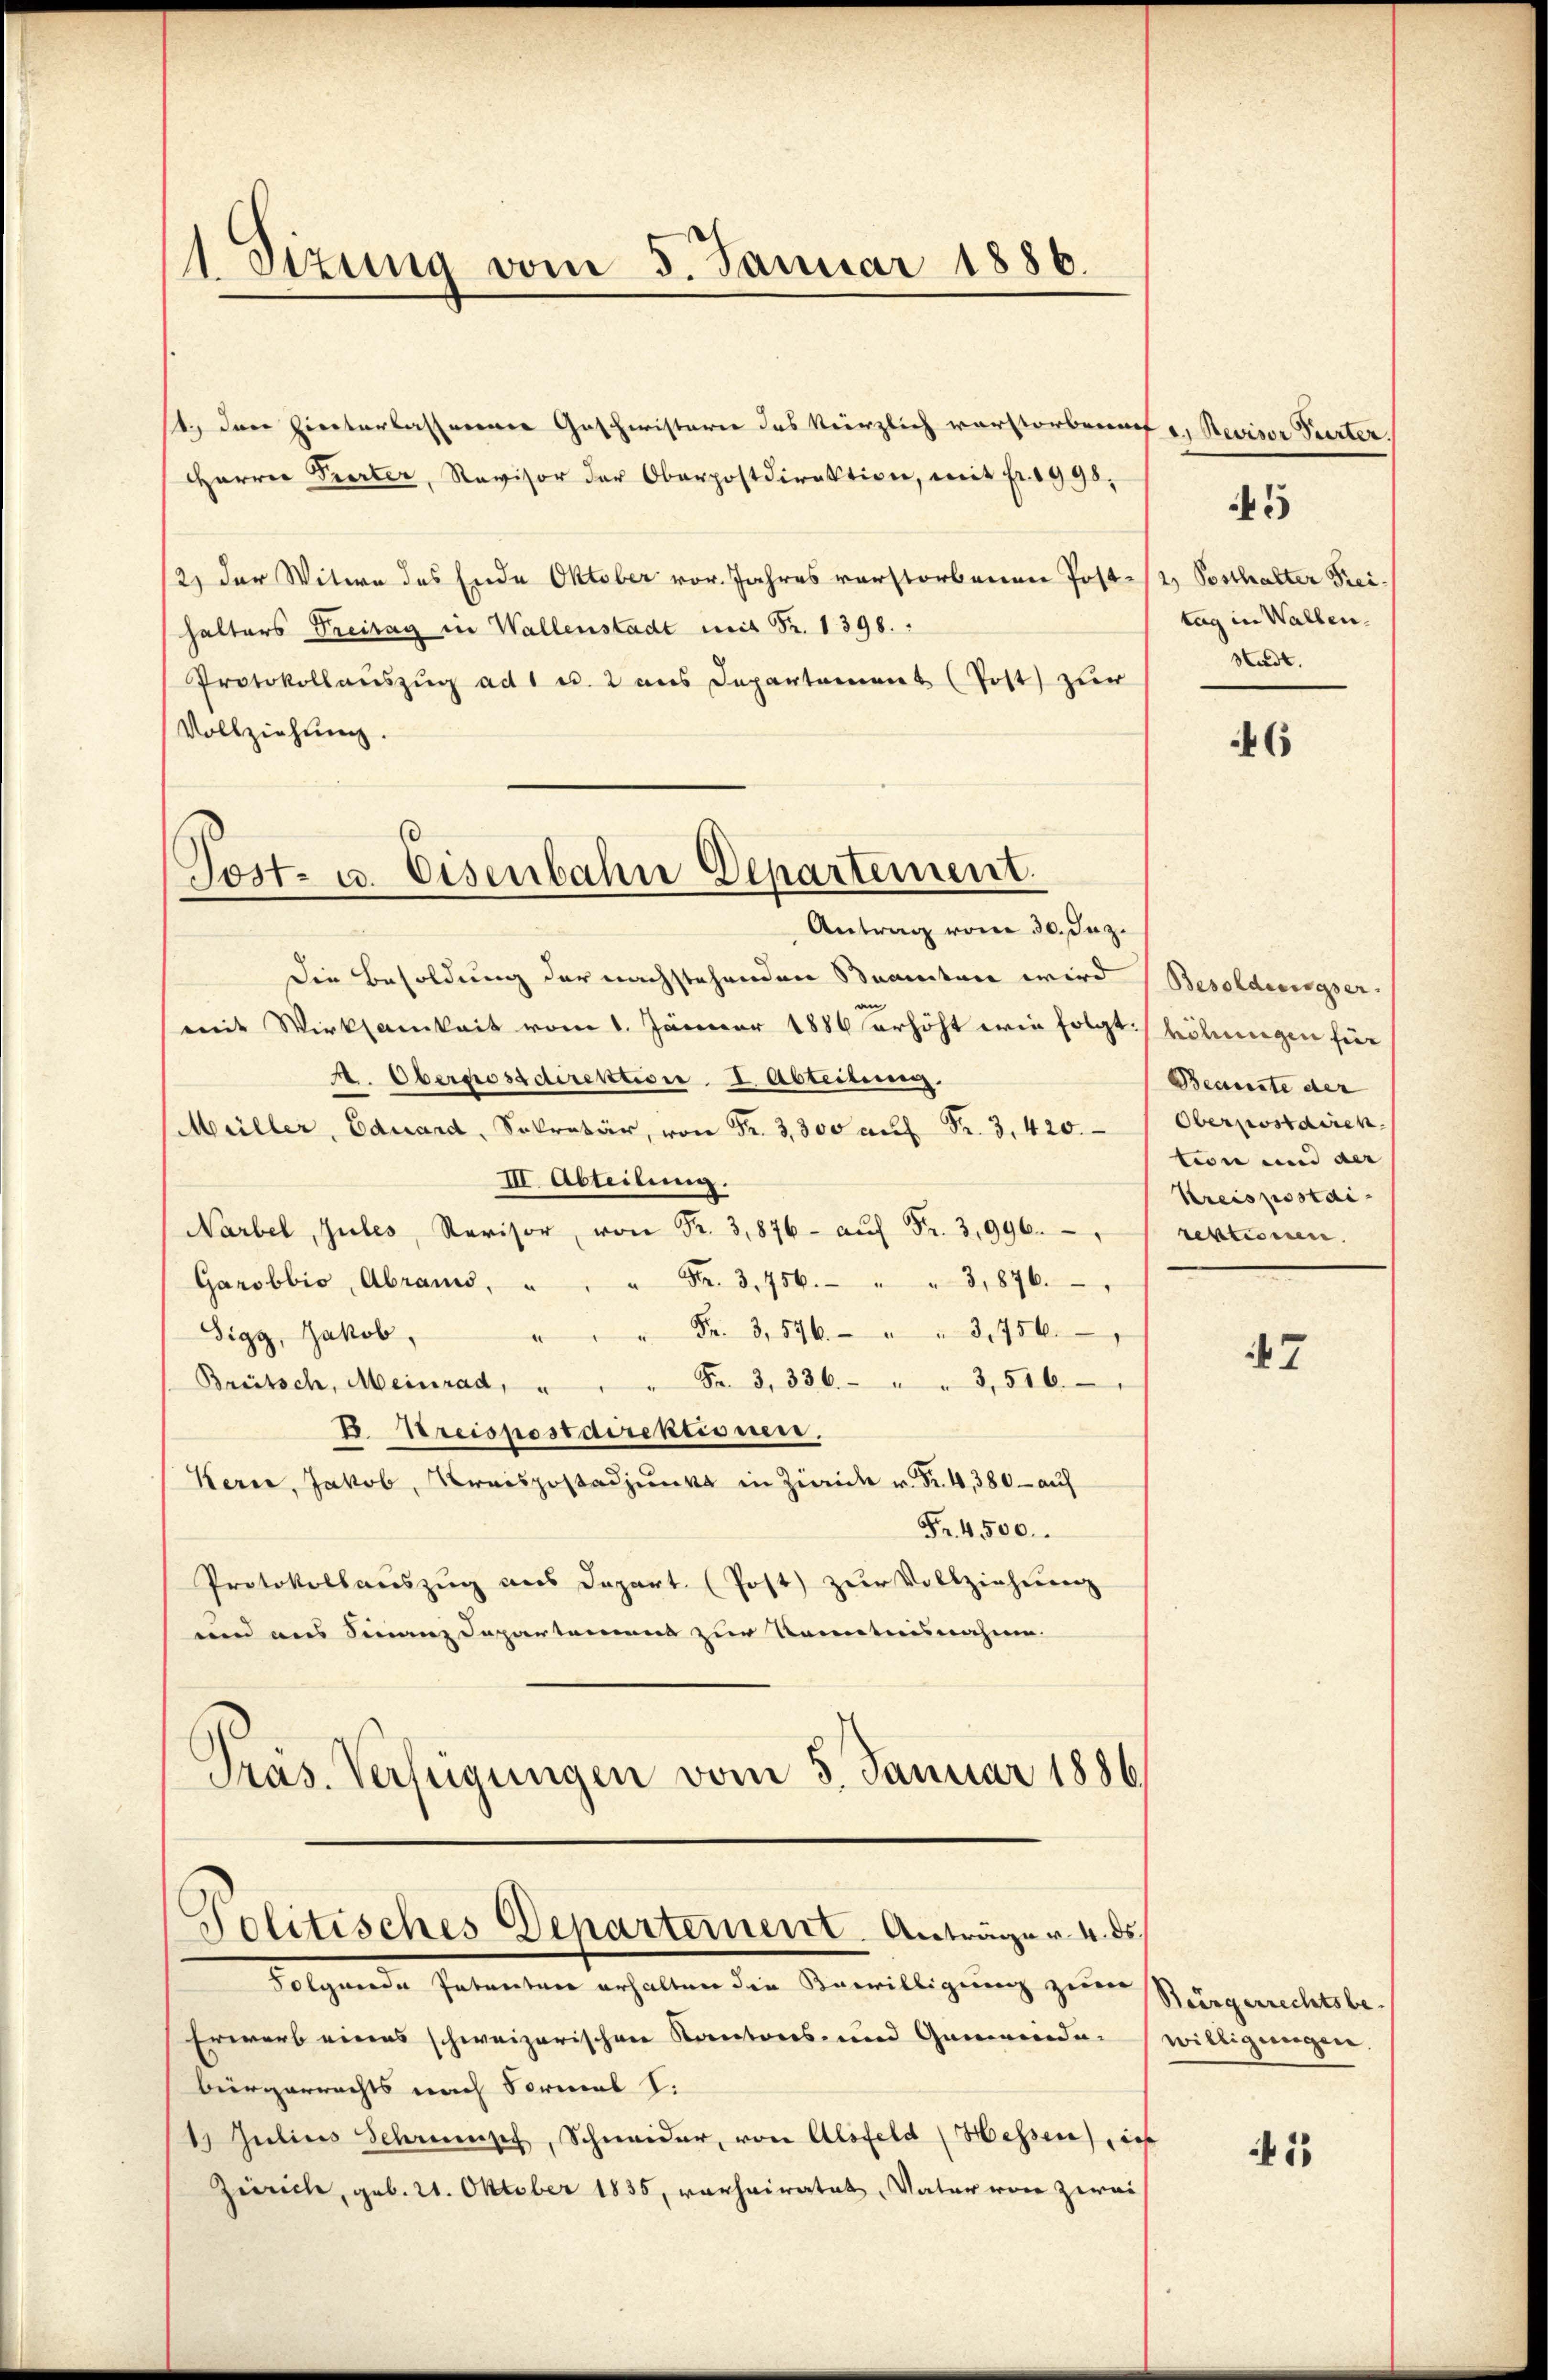
1 Sitzung vom 5. Januar 1886.

st. Dann Hinterlassenene Geschwisterie das kürzlich verstorbenach u. Revisor Parter.
Harrer Pierter, Revisor der Oberpostdirektion, mit fr. 1998.
2) der Witwe des Ende Oktober vor. Jahres verstorbenen Post- u. Posthalter Frei-
halters Freitag in Wallenstadt mit Fr. 1398.
Protokollaŭszŭg ad 1 u. 2 ans Departement (Post zur
Vollziehung.

Tost- u. Eisenbahn Departement.

Antrag vom 30. Jun.
Die Besoldung der nachstehenden Beamten wird Besoldungser
mit Wirksamkeit vom 1. Jänner 1886 erhöht wie folgt höhnigen für
A. Oberpostdirektion I. Abteilung.
Müller, Eduard, Sekretär, von Fr. 3,300 auf Fr. 3, 420.
III. Abteilung
Narbel, Gutes, Revisor, von Fr. 3,876 aŭf Fr. 3996.
" Fr. 3,756. " " 3,876.
Garobbio, Abrais,
" Fr. 3, 546. " " 3450.
Sigg, Jakob,
Brütsch, Meinrad, " " " Fr. 3. 336. " " 3,516.
E. Streispostdirektionen.
Kern, Jakob, Kreispostadjunkt in Zwaide v. Fr. 4, 380 - auf
Fr. 4500.
Protokollauszug aus Depart. (Post zŭr Vollzieheng
unn aus Sinanz Separtemens zur Kenntnisnahme.
Präs. Verfügungen vom 3. Januar 1886.

Politisches Departement. Anträger 4. ds.

Folgende Patenten erhalten den Anweilligung zum Singenstalte
Erwarb eines schweizerischen Kantons- und Gemeinde-
bürgerrechts nach Formal d.
11 Julius Schreinsch, Schneider, von Alsfeld (Hessen) des
Zürich, geb. 21. Oktober 1835, vorheiratet, Vater von zwei

45

tag in Wallen.
Stadt.

6

Beanste der |
Oberpostdiren.
tion und der
Kreispostai
rektionen.

47

willigungen.

13